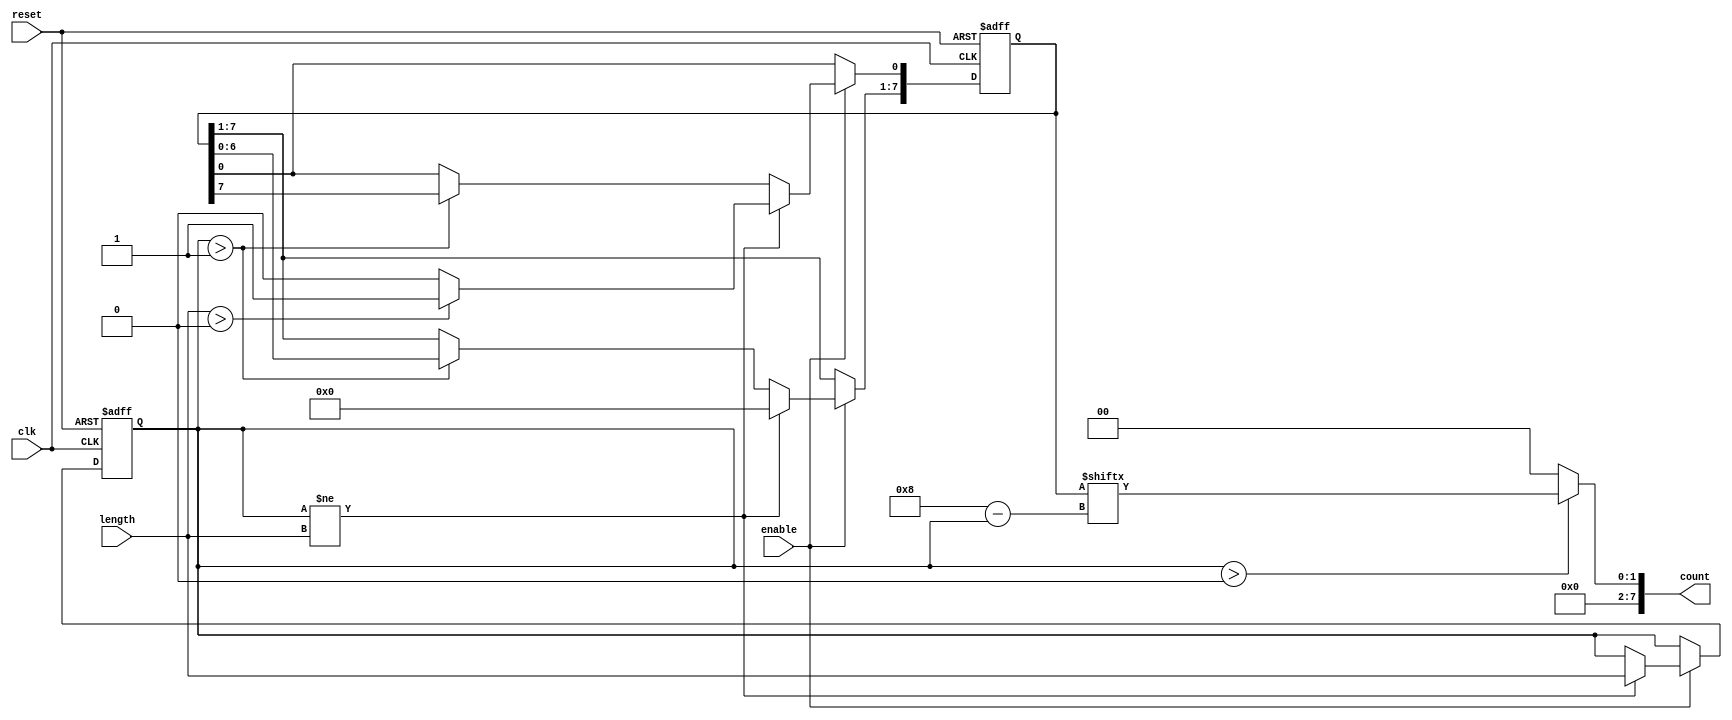
module variable_length_ring_counter #(
    parameter MAX_LENGTH = 8  // Maximum length of the ring counter
)(
    input wire clk,            // Clock signal
    input wire reset,          // Asynchronous reset signal
    input wire [3:0] length,   // Input for the number of bits in the ring counter
    input wire enable,         // Control signal to start/stop the counter
    output reg [MAX_LENGTH-1:0] count // Current state of the counter
);

    reg [MAX_LENGTH-1:0] state;         // Register to hold the current state
    reg [3:0] current_length;            // Register to hold the current length

    // Asynchronous reset and length management
    always @(posedge clk or posedge reset) begin
        if (reset) begin
            // Initialize state on reset
            state <= {MAX_LENGTH{1'b0}}; // Clear all bits
            state[0] <= 1'b1;             // Set LSB to '1'
            current_length <= 0;          // Reset current length
        end else if (enable) begin
            // Update current length if it changes
            if (current_length != length) begin
                current_length <= length;
                // Reinitialize state based on new length
                state <= {MAX_LENGTH{1'b0}}; // Clear all bits
                if (length > 0) begin
                    state[0] <= 1'b1;       // Set LSB to '1'
                end
            end else if (current_length > 1) begin
                // Shift left and wrap around for lengths greater than 1
                state <= {state[MAX_LENGTH-2:0], state[MAX_LENGTH-1]};
            end
            // If current_length is 1, do not change the state
        end
    end

    // Output logic
    always @(*) begin
        // Limit the output to the current length
        count = (current_length > 0) ? state[MAX_LENGTH-1:MAX_LENGTH-current_length] : 0;
    end

endmodule